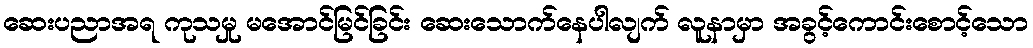
ဆေးပညာအရ ကုသမှု မအောင်မြင်ခြင်း ဆေးသောက်နေပါလျက် လူနာမှာ အခွင့်ကောင်းစောင့်သော